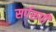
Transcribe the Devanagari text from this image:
सर्परूपी